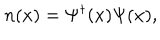
n ( x ) = \Psi ^ { \dagger } ( x ) \Psi ( x ) ,